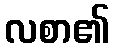
လစာ၏